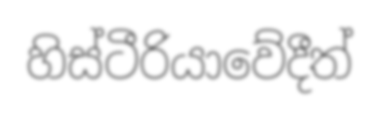
හිස්ටීරියාවේදීත්